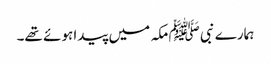
ہمارے نبی ﷺ مکہ میں پیدا ہوئے تھے۔